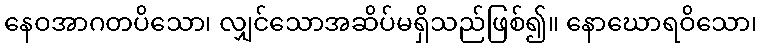
နေဝအာဂတပိသော၊ လျှင်သောအဆိပ်မရှိသည်ဖြစ်၍။ နောဃောရဝိသော၊